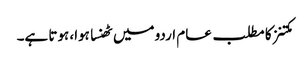
مکتنز کا مطلب عام اردو میں ٹھنسا ہوا، ہوتا ہے۔